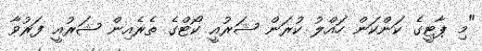
"މި ޕާޓީގެ ކަންކަން ހައްލު ކުރަން ޝަރުއީ ކޯޓްގެ ތެރެއިން ޝަރުއީ ފަރުވާ